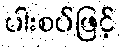
ပါးစပ်ဖြင့်